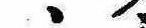
ゝ